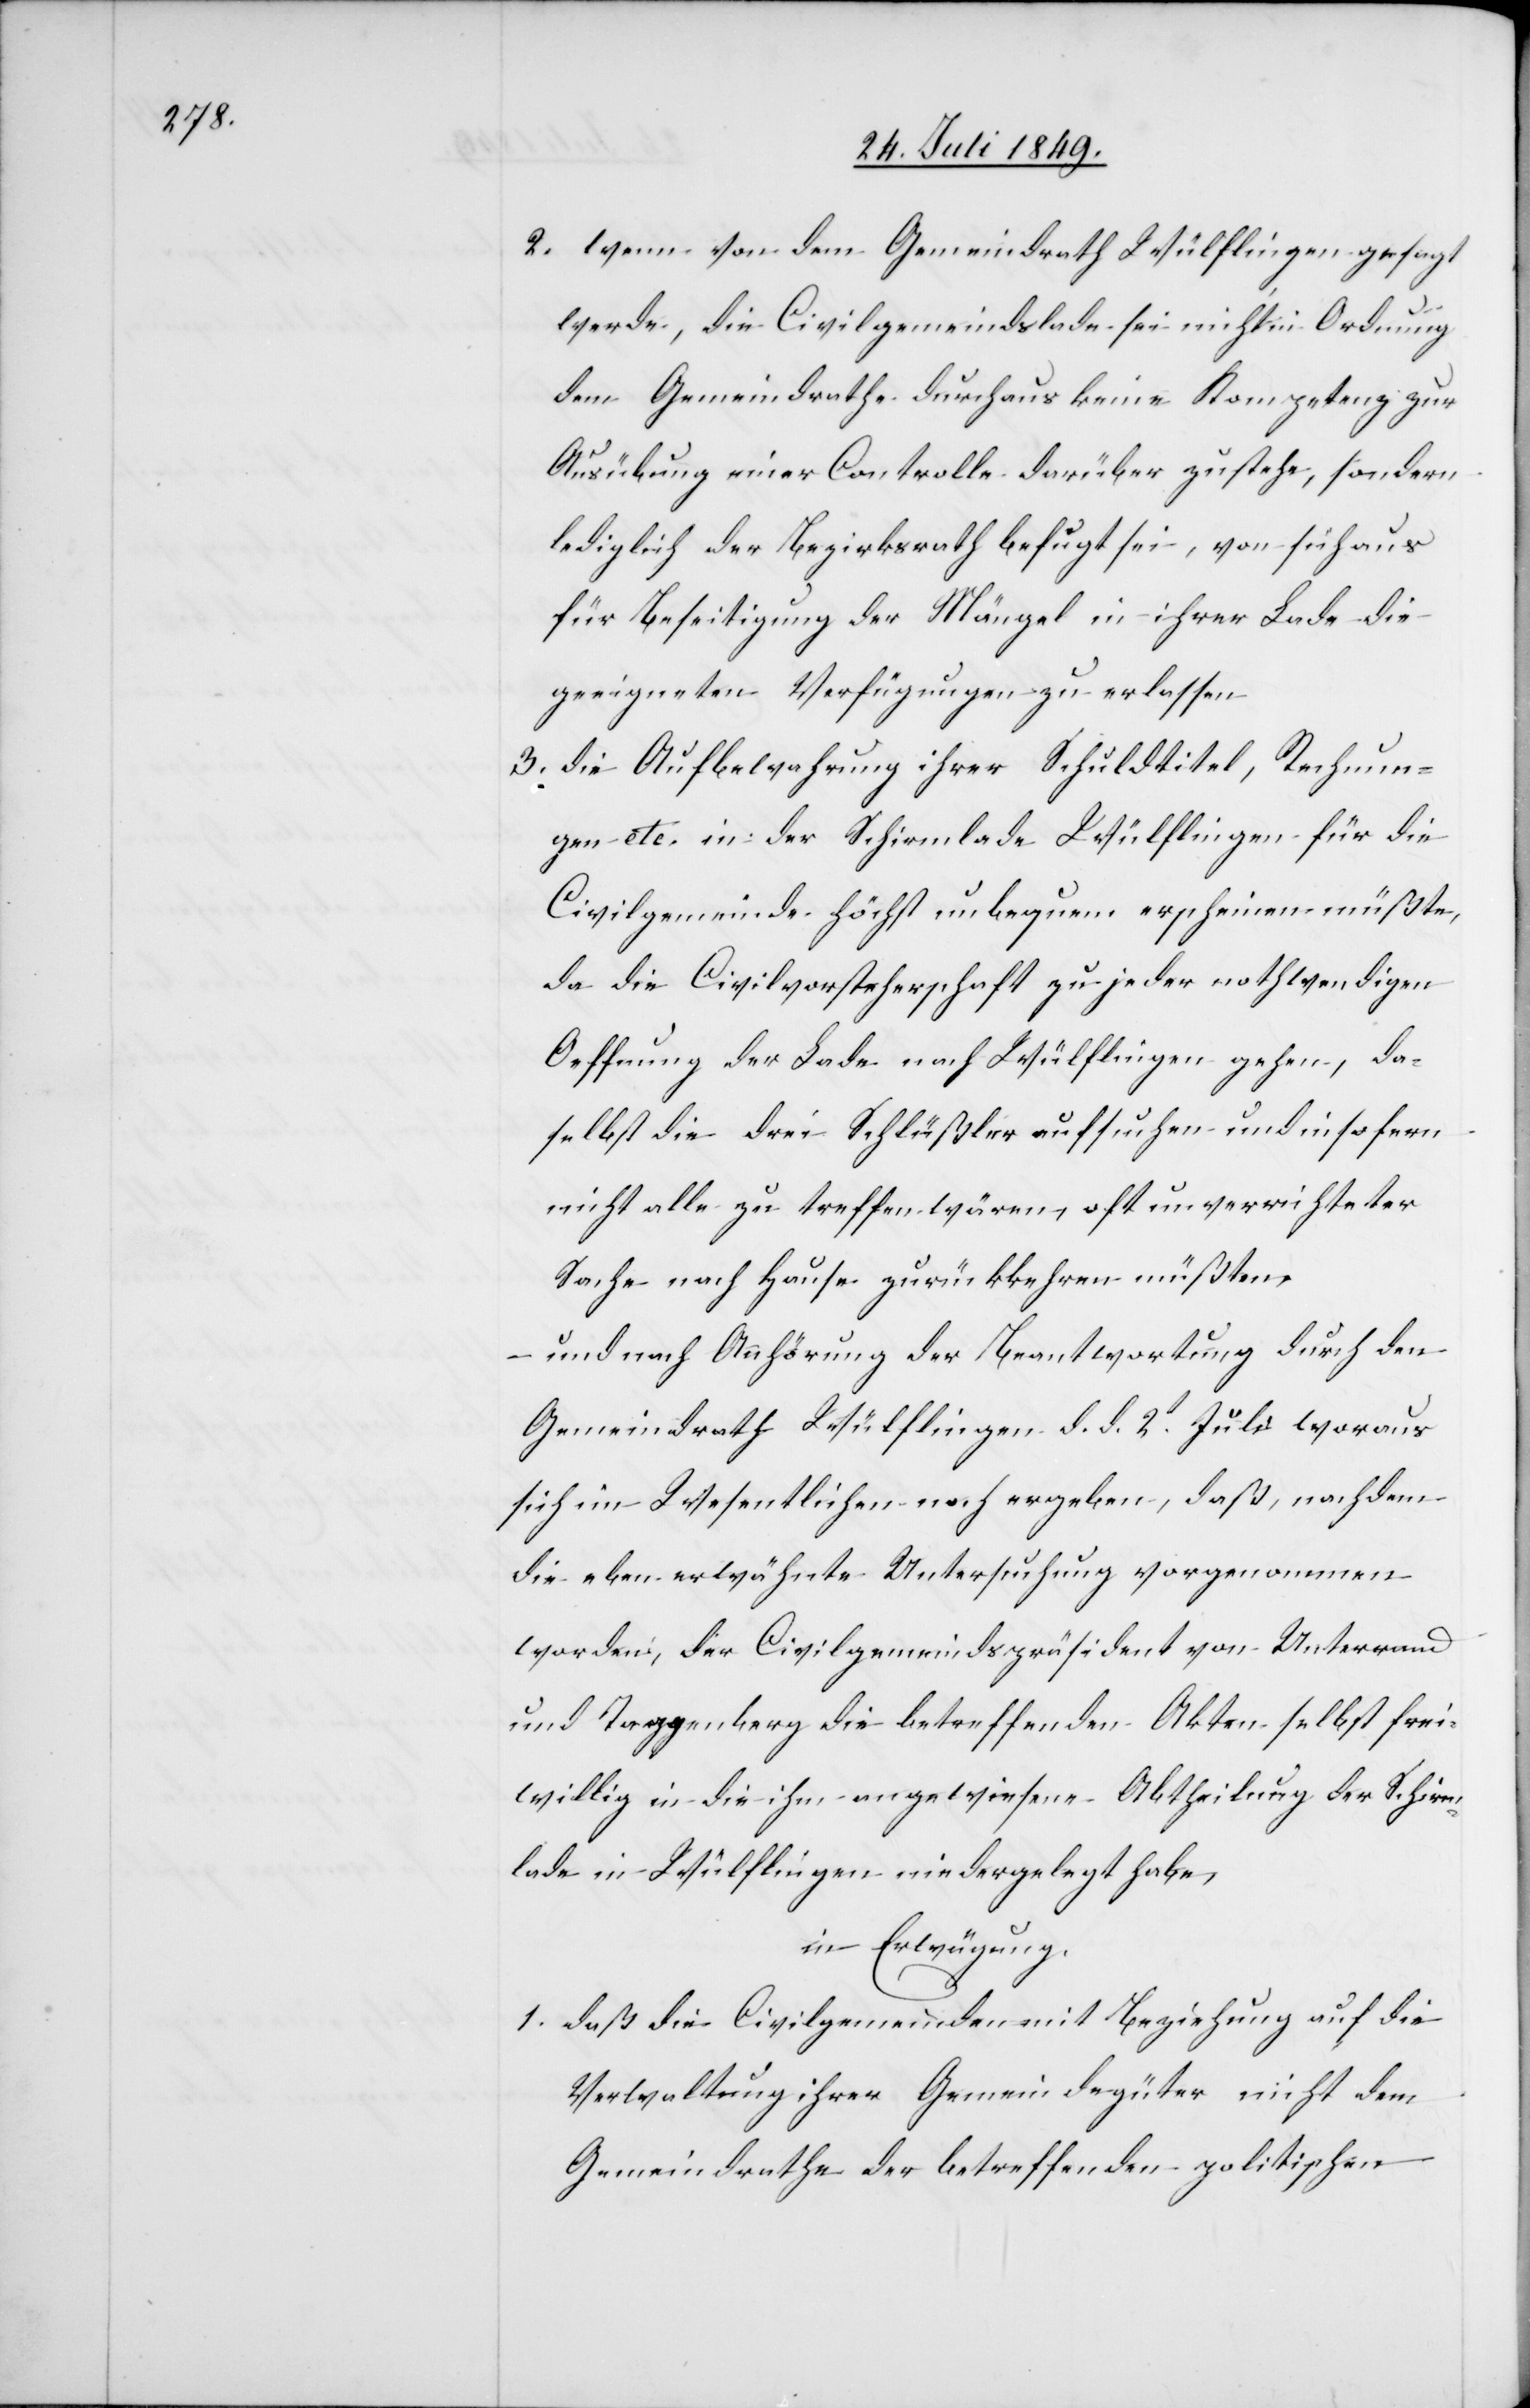
2. wenn von dem Gemeindrath Wülflingen gesagt
werde, die Civilgemeindslade sei nicht in Ordnung
dem Gemeindrathe durchaus keine Kompetenz zur
Ausübung einer Controlle darüber zustehe, sondern
lediglich der Bezirksrath befugt sei, von sich aus
für Beseitigung der Mängel in ihrer Lade die
geeigneten Verfügungen zu erlassen.
3. die Aufbewahrung ihrer Schuldtitel, Rechnun¬
gen etc. in der Schirmlade Wülflingen für die
Civilgemeinde höchst unbequem erscheinen müßte,
da die Civilvorsteherschaft zu jeder nothwendigen
Oeffnung der Lade nach Wülflingen gehen, da¬
selbst die drei Schlüßler aufsuchen und insofern
nicht alle zu treffen wären, oft unverrichteter
Sache nach Hause zurückkehren müßten,
und nach Anhörung der Beantwortung durch den
Gemeindsrath Wülflingen d. d. 2t Juli woraus
sich im Wesentlichen noch ergeben, daß, nachdem
die eben erwähnte Untersuchung vorgenommen
worden, der Civilgemeindspräsident von Unterraad
und Taggenberg die betreffenden Akten selbst frei¬
willig in die ihm angewiesene Abtheilung der Schirm¬
lade in Wülflingen niedergelegt habe,
in Erwägung.
1. daß die Civilgemeinde mit Beziehung auf die
Verwaltung ihrer Gemeindegüter nicht dem
Gemeindrathe der betreffenden politischen